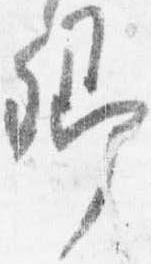
卿